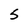
Character: S